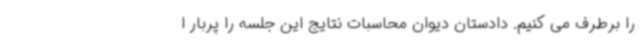
را برطرف می کنیم. دادستان دیوان محاسبات نتایج این جلسه را پربار ا